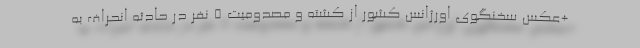
+عکس سخنگوی اورژانس کشور از کشته و مصدومیت ۵ نفر در حادثه انحراف به